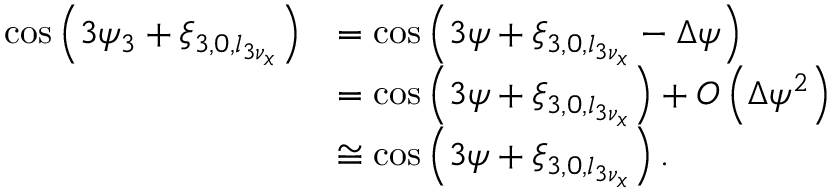
\begin{array} { c l } { \displaystyle \cos \left( 3 \psi _ { 3 } + \xi _ { 3 , 0 , l _ { 3 \nu _ { x } } } \right) } & { = \displaystyle \cos \left( 3 \psi + \xi _ { 3 , 0 , l _ { 3 \nu _ { x } } } - \Delta \psi \right) } \\ & { \displaystyle = \cos \left( 3 \psi + \xi _ { 3 , 0 , l _ { 3 \nu _ { x } } } \right) + O \left( \Delta \psi ^ { 2 } \right) } \\ & { \displaystyle \cong \cos \left( 3 \psi + \xi _ { 3 , 0 , l _ { 3 \nu _ { x } } } \right) . } \end{array}